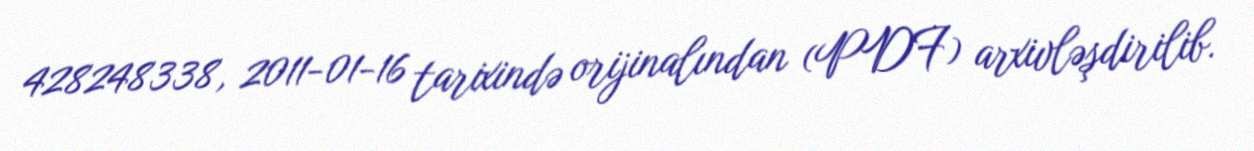
428248338, 2011-01-16 tarixində orijinalından (PDF) arxivləşdirilib.